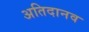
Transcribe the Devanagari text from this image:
अतिदानव